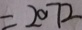
= 2 0 7 2